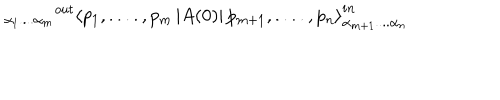
_ { \alpha _ { 1 } . . . . \alpha _ { m } } { } ^ { o u t } \left\langle p _ { 1 } , . . . . , p _ { m } \left| A ( 0 ) \right| p _ { m + 1 } , . . . . , p _ { n } \right\rangle _ { \alpha _ { m + 1 } . . . . \alpha _ { n } } ^ { i n }